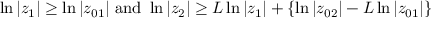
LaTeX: \ln | z _ { 1 } | \geq \ln | z _ { 0 1 } | { \mathrm { ~ a n d ~ } } \ln | z _ { 2 } | \geq L \ln | z _ { 1 } | + \{ \ln | z _ { 0 2 } | - L \ln | z _ { 0 1 } | \}